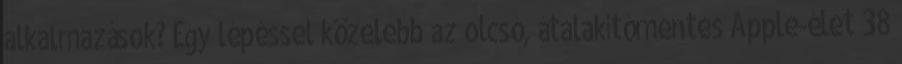
alkalmazások? Egy lépéssel közelebb az olcsó, átalakítómentes Apple-élet 38